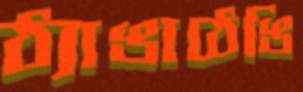
ঠ্যাঙাঠেঙি